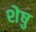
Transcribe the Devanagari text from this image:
शेषु